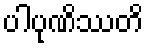
ပါပုဏိဿတိ